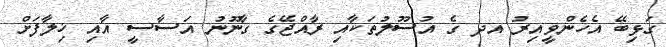
ގަޅިބޭ އެހެންވީއިރު އދ ގެ އުސޫލުތަކާއި ރާއްޖޭގެ ގާނޫނު އަސާސީ އާއި ޚިލާފަށް